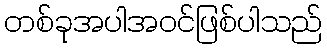
တစ်ခုအပါအဝင်ဖြစ်ပါသည်